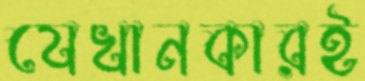
যেখানকারই